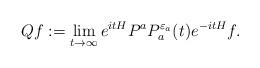
LaTeX: \begin{align*}Qf:=\lim_{t\to\infty}e^{itH}P^aP_a^{{\varepsilon}_a}(t)e^{-itH}f.\end{align*}